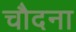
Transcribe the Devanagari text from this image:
चौदना